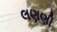
લણણી